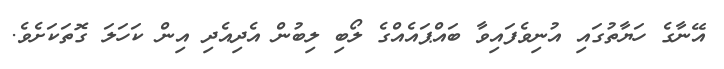
އޭނާގެ ހަޔާތުގައި އުނިވެފައިވާ ބައްޕައެއްގެ ލޯބި ލިބުން އެދިއެދި އިން ކަހަލަ ގޮތަކަށެވެ.